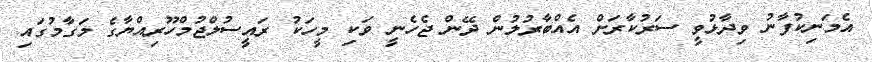
އެމަނިކުފާނު ވިދާޅުވީ ސަރުކާރަށް އެއްބާރުލުން ދޭން ޖެހެނީ ވަކި މީހަކު ރައީސުލްޖުމްހޫރިއްޔާގެ މަގާމުގައި